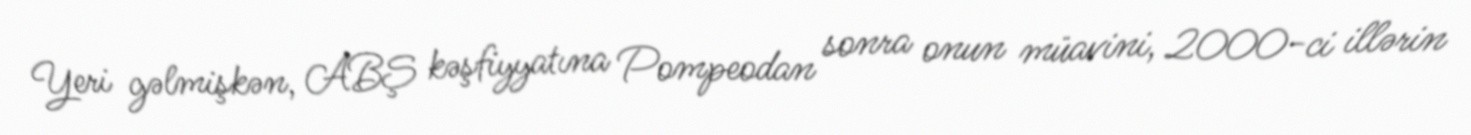
Yeri gəlmişkən, ABŞ kəşfiyyatına Pompeodan sonra onun müavini, 2000-ci illərin